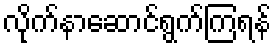
လိုက်နာဆောင်ရွက်ကြရန်